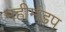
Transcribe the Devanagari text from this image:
महीमंडप